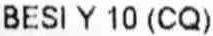
BESI Y 10 (CQ)